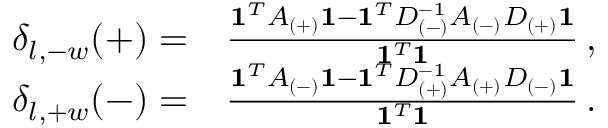
\begin{array} { r l } { \delta _ { l , - w } ( + ) = } & { \frac { \mathbf { 1 } ^ { T } A _ { ( + ) } \mathbf { 1 } - \mathbf { 1 } ^ { T } D _ { ( - ) } ^ { - 1 } A _ { ( - ) } D _ { ( + ) } \mathbf { 1 } } { \mathbf { 1 } ^ { T } \mathbf { 1 } } \, , } \\ { \delta _ { l , + w } ( - ) = } & { \frac { \mathbf { 1 } ^ { T } A _ { ( - ) } \mathbf { 1 } - \mathbf { 1 } ^ { T } D _ { ( + ) } ^ { - 1 } A _ { ( + ) } D _ { ( - ) } \mathbf { 1 } } { \mathbf { 1 } ^ { T } \mathbf { 1 } } \, . } \end{array}